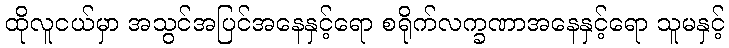
ထိုလူငယ်မှာ အသွင်အပြင်အနေနှင့်ရော စရိုက်လက္ခဏာအနေနှင့်ရော သူမနှင့်